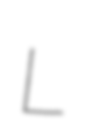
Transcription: L